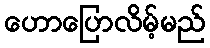
ဟောပြောလိမ့်မည်